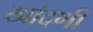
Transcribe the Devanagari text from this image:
खांदणी